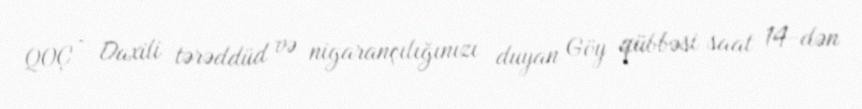
QOÇ - Daxili tərəddüd və nigarançılığınızı duyan Göy qübbəsi saat 14-dən